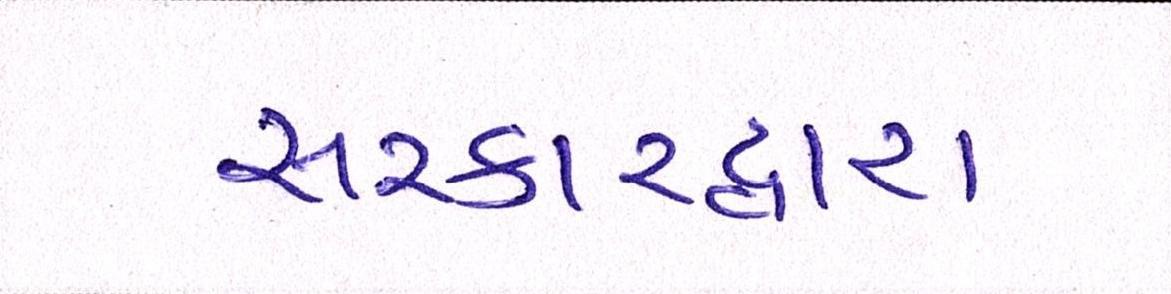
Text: સરકારદ્વારા